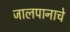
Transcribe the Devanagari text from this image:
जालपानाचे